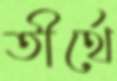
তীর্থে